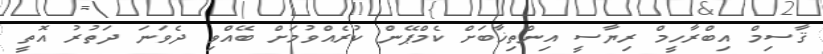
ޤާސިމް އިބްރާހީމް ރިޔާސީ އިންތިޚާބަށް ކެމްޕޭން ކުރެއްވުމަށް ބޭއްވި ދެވަނަ ދަތުރު އޮތީ